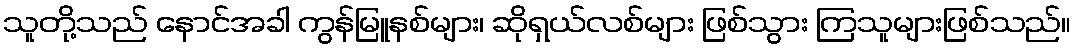
သူတို့သည် နောင်အခါ ကွန်မြူနစ်များ၊ ဆိုရှယ်လစ်များ ဖြစ်သွား ကြသူများဖြစ်သည်။